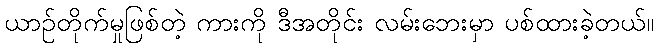
ယာဉ်တိုက်မှုဖြစ်တဲ့ ကားကို ဒီအတိုင်း လမ်းဘေးမှာ ပစ်ထားခဲ့တယ်။